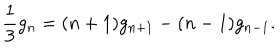
LaTeX: { \frac { 1 } { 3 } } g _ { n } = ( n + 1 ) g _ { n + 1 } - ( n - 1 ) g _ { n - 1 } .